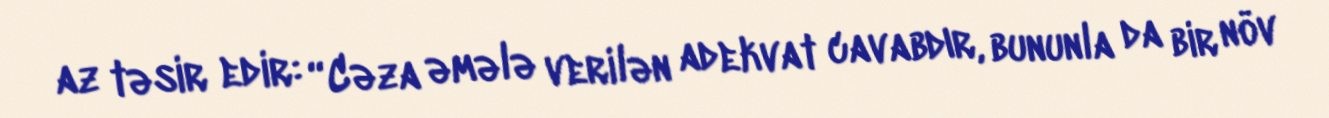
az təsir edir: “Cəza əmələ verilən adekvat cavabdır, bununla da bir növ